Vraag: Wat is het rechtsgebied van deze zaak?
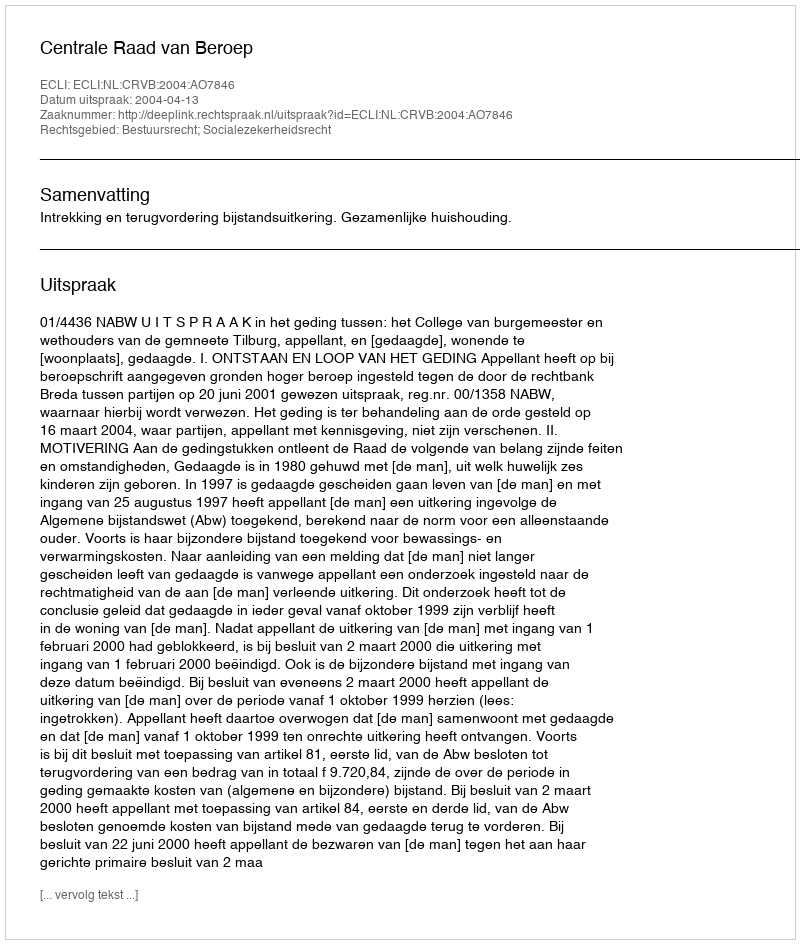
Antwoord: Bestuursrecht; Socialezekerheidsrecht